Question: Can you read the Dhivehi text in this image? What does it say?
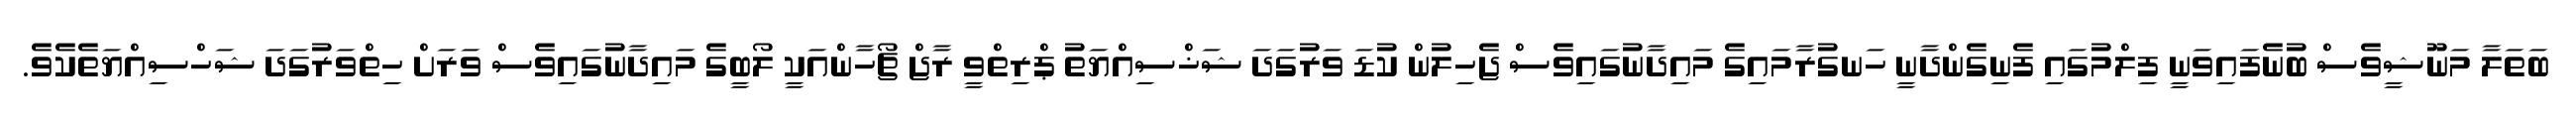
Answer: ބަތަލާ މަނޫޝީވެސް ބުނެފައިވަނީ ފިލްމުގައި ފެނިގެންދާނީ ހަނގުރާމައިގެ މައިދާނުގައިވެސް ޖެހިލުން ކުޑަ ވަރުގަދަ ޝަޚްސިއްޔަތު ޕްރިތްވީ ރާޖް ޗޯހާންއަކީ ލޯބީގެ މައިދާނުގައިވެސް ވަރަށް ހިތްވަރުގަދަ ޝަހްސިއްޔަތެކެވެ.